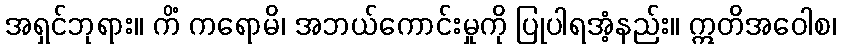
အရှင်ဘုရား။ ကိံ ကရောမိ၊ အဘယ်ကောင်းမှုကို ပြုပါရအံ့နည်း။ ဣတိအဝေါစ၊